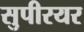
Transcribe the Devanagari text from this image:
सुपीरयर